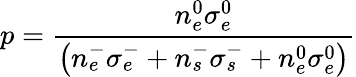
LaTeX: p=\frac{n_{e}^{0}\sigma_{e}^{0}}{\left(n_{e}^{-}\sigma_{e}^{-}+n_{s}^{-}\sigma_{s}^{-}+n_{e}^{0}\sigma_{e}^{0}\right)}